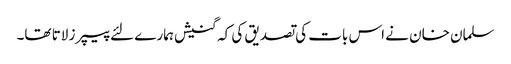
سلمان خان نے اس بات کی تصدیق کی کہ گنیش ہمارے لئے پیپرز لاتا تھا۔